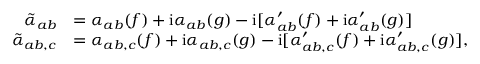
\begin{array} { r l } { \tilde { \alpha } _ { a b } } & { = \alpha _ { a b } ( f ) + \mathrm { i } \alpha _ { a b } ( g ) - \mathrm { i } [ \alpha _ { a b } ^ { \prime } ( f ) + \mathrm { i } \alpha _ { a b } ^ { \prime } ( g ) ] } \\ { \tilde { \alpha } _ { a b , c } } & { = \alpha _ { a b , c } ( f ) + \mathrm { i } \alpha _ { a b , c } ( g ) - \mathrm { i } [ \alpha _ { a b , c } ^ { \prime } ( f ) + \mathrm { i } \alpha _ { a b , c } ^ { \prime } ( g ) ] , } \end{array}